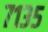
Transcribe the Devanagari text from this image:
७१३५